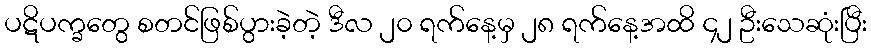
ပဋိပက္ခတွေ စတင်ဖြစ်ပွားခဲ့တဲ့ ဒီလ ၂၀ ရက်နေ့မှ ၂၈ ရက်နေ့အထိ ၄၂ ဦးသေဆုံးပြီး